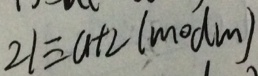
2 1 \equiv a + 2 ( m o d m )